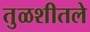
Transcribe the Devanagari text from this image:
तुळशीतले